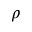
\rho